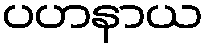
ပဟနာယ